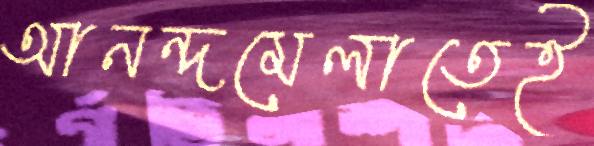
আনন্দমেলাতেই